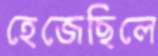
হেজেছিলে